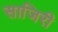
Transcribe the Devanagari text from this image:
साजिरी